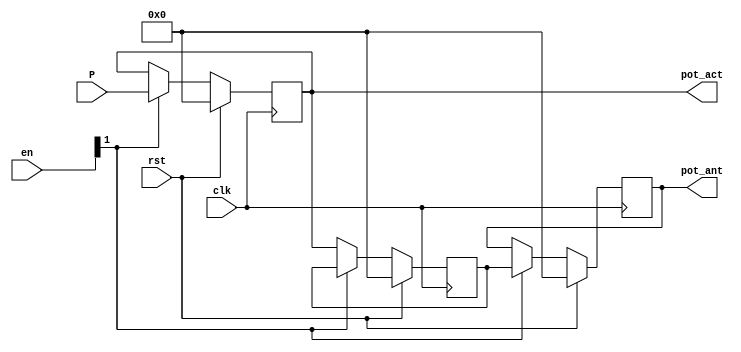
module pot_reg

(
    input             clk,
    input             rst,
    input      [11:0] P,
    input      [3:0]  en,
    output reg [11:0] pot_act,
    output reg [11:0] pot_ant   
);

reg [11:0] pot_inter; //Valor intermedio, para rellenar pot_ant con el dato de potencia anterior

always @(posedge clk)
    begin
        if(rst)
        pot_act <= 0;
        else if (en[1])
        pot_act <= P;
        else
        pot_act <= pot_act;
    end

always @(posedge clk)
    begin
        if(rst)
        pot_inter <= 0;
        else if (~en[1])
        pot_inter <= pot_act;
        else
        pot_inter <= pot_inter;
    end

always @(posedge clk)
    begin
        if(rst)
        pot_ant <= 0;
        else if (en[1])
        pot_ant <= pot_inter;
        else
        pot_ant <= pot_ant;
    end

endmodule